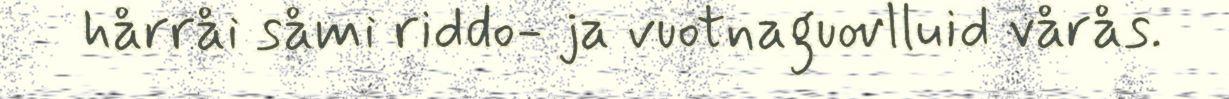
hårråi såmi riddo- ja vuotnaguovlluid vårås.